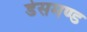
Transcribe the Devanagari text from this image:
डेसमण्ड